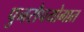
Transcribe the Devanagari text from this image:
पुनरौपयोगात